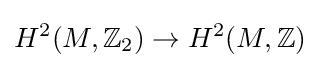
H^{2}(M,\mathbb {Z} _{2})\rightarrow H^{2}(M,\mathbb {Z} )